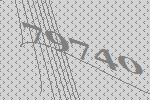
79740